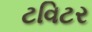
ટવિટર